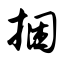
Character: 捆